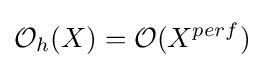
{\mathcal {O}}_{h}(X)={\mathcal {O}}(X^{perf})